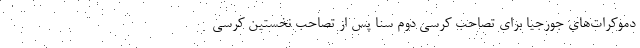
دموکرات‌های جورجیا برای تصاحب کرسی دوم سنا پس از تصاحب نخستین کرسی